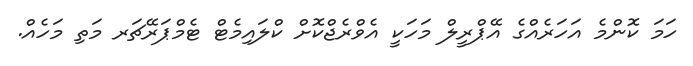
ހަމަ ކޮންމެ އަހަރެއްގެ އޭޕްރީލް މަހަކީ އެވްރެޖްކޮށް ކްލައިމެޓް ޓެމްޕަރޭޗަރ މަތި މަހެއް.